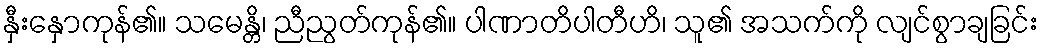
နှီးနှောကုန်၏။ သမေန္တိ၊ ညီညွတ်ကုန်၏။ ပါဏာတိပါတီဟိ၊ သူ၏ အသက်ကို လျင်စွာချခြင်း